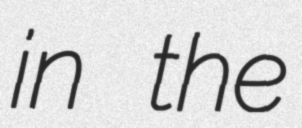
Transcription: in the